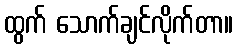
ထွက် သောက်ချင်လိုက်တာ။